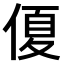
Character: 𠌘